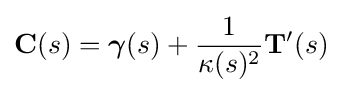
\mathbf {C} (s)={\boldsymbol {\gamma }}(s)+{\frac {1}{\kappa (s)^{2}}}\mathbf {T} '(s)